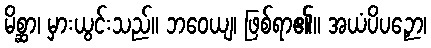
မိစ္ဆာ၊ မှားယွင်းသည်။ ဘဝေယျ၊ ဖြစ်ရာ၏။ အယံပိပဉှော၊